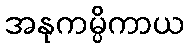
အနုကမ္ပိကာယ